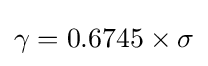
\gamma =0.6745\times \sigma